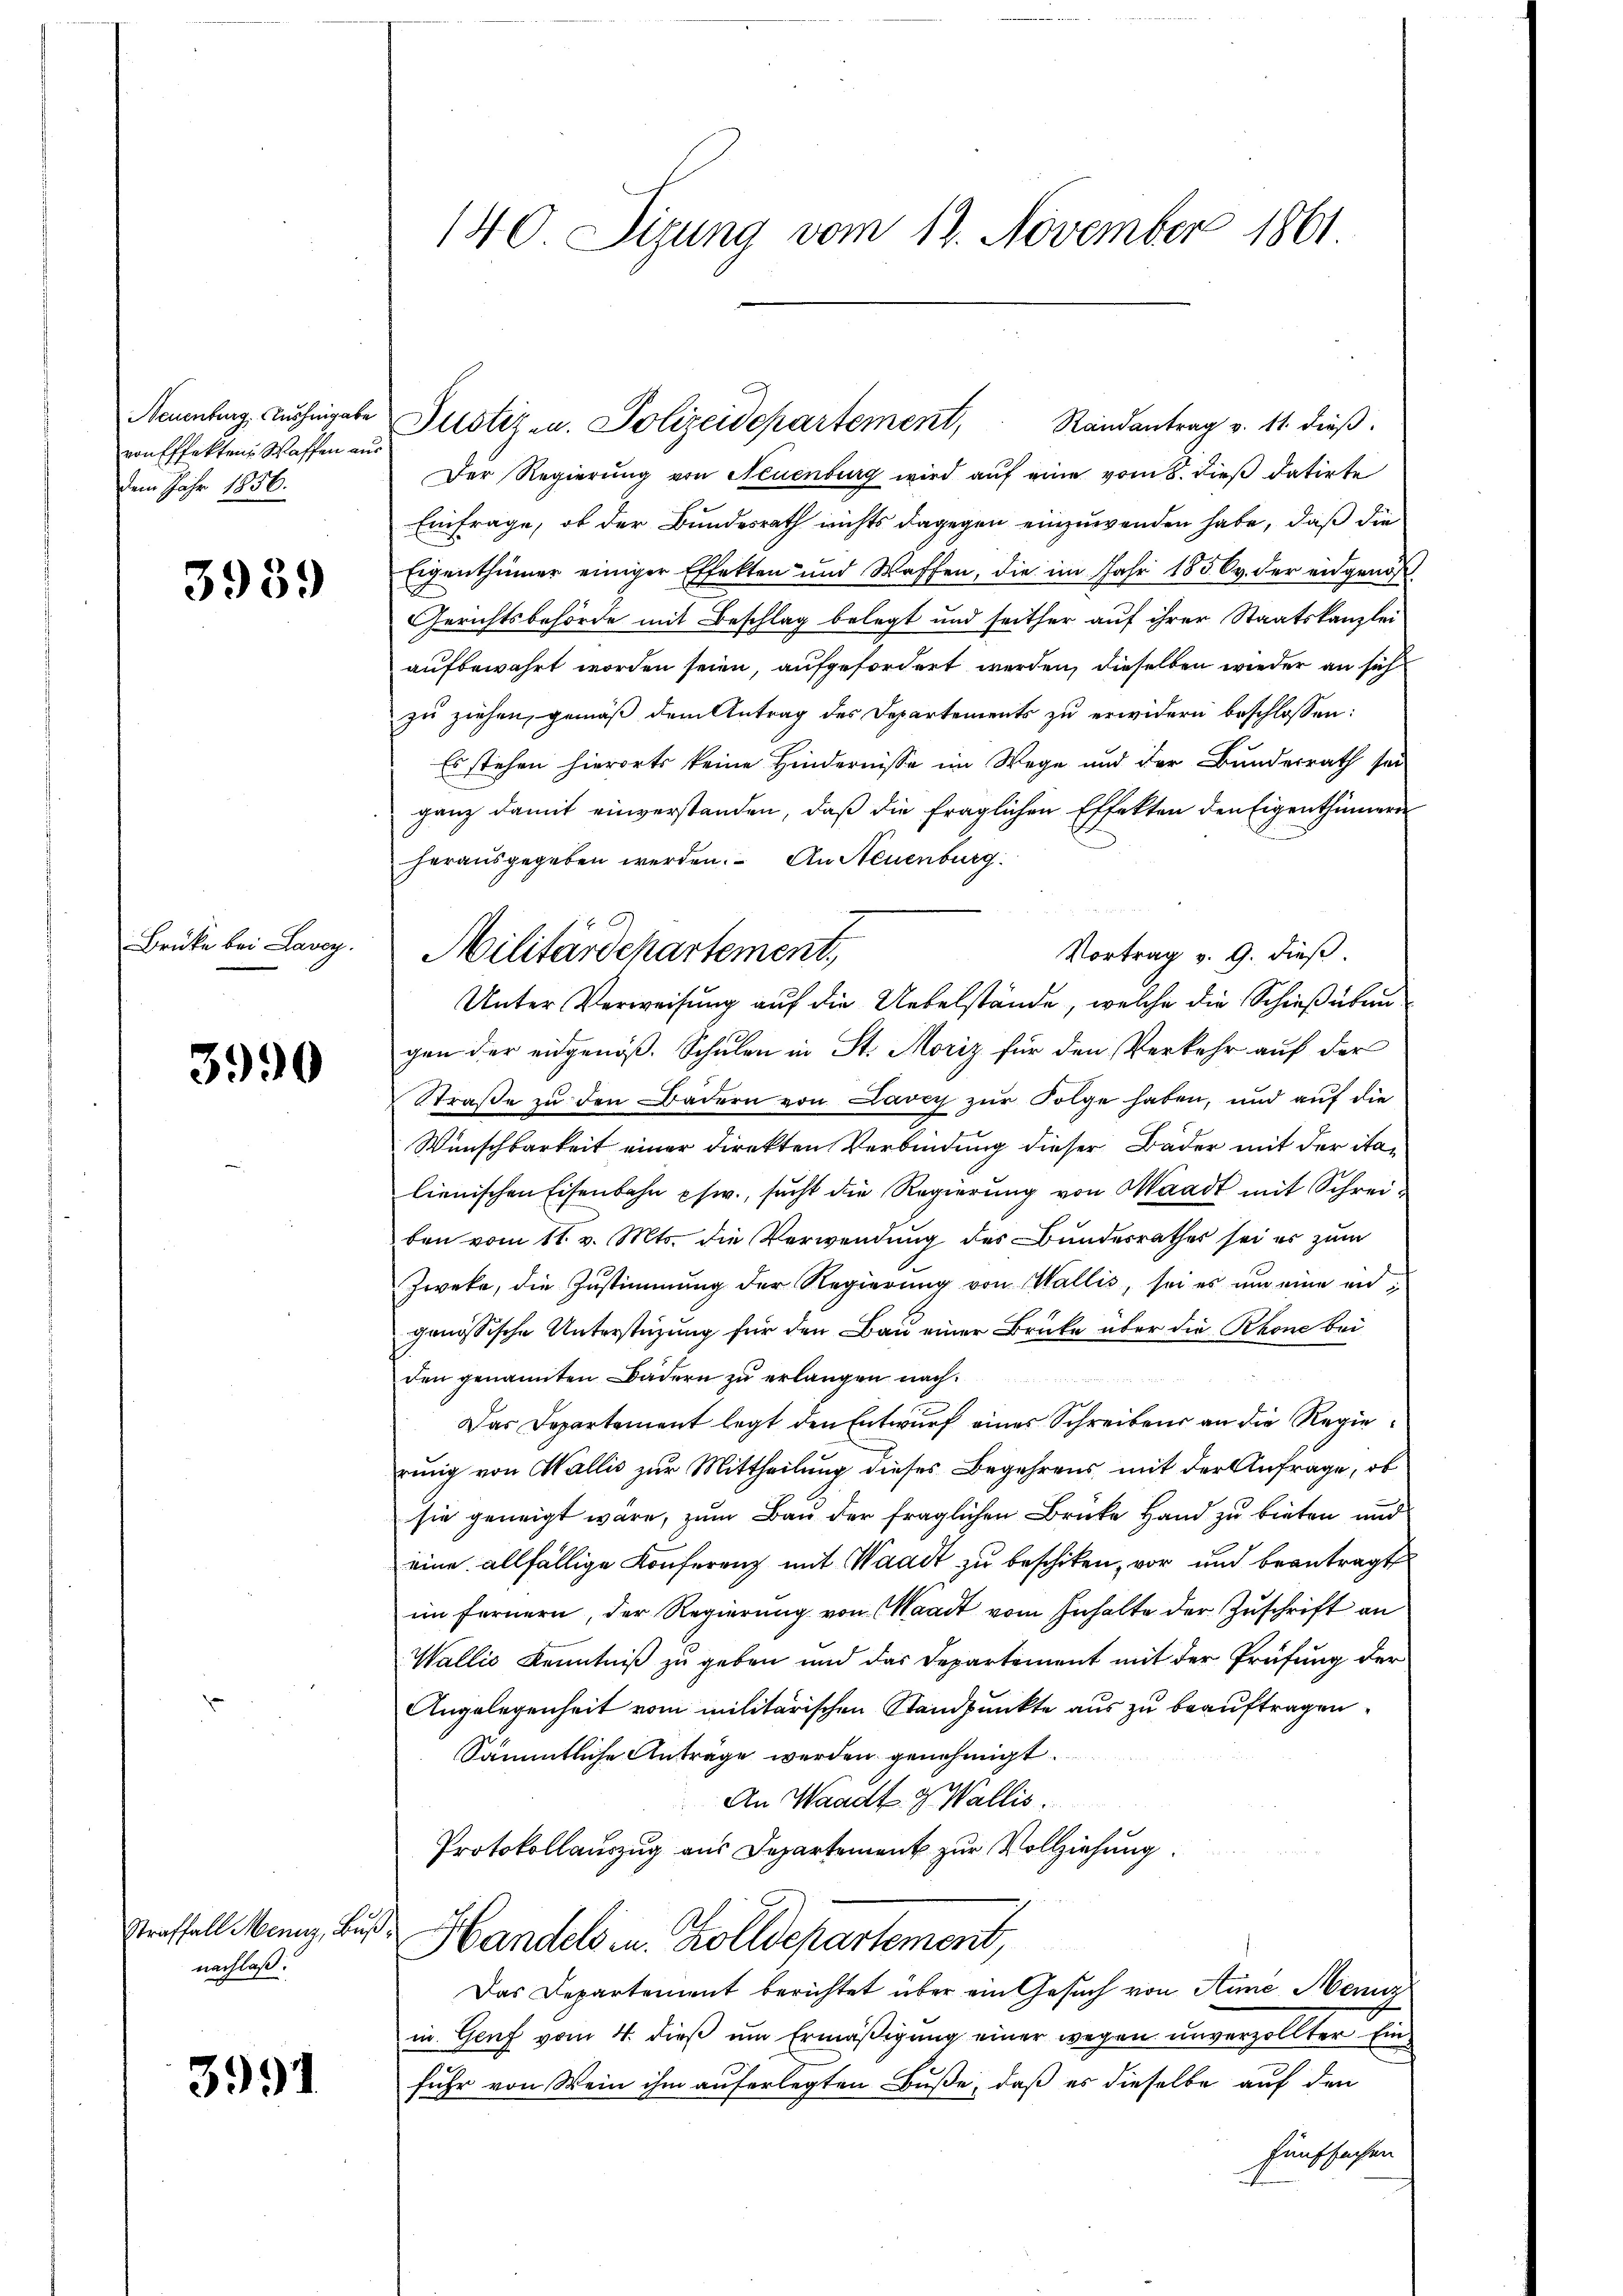
Neuenburg, Möhnigabe
von Effekten Waffen aus
dem Jahr 1856.

3939

Brüke bei Lavoy

3990

Straffall Menz, Bus
nachlaß.

3991

140 Sizung vom 12. November 1861

Randantrag v. 11. dieß.
Der Regierung von Neuenburg wird aŭf eine vom 8. dieß datirte
Einfrage, ob der Bundesrath nichts dagegen einzuwenden habe, daß die
Eigenthümer einiger Effekten und Waffen, die im Jahr 1856 v. der eidgenöß
Gerichtsbehörde mit Beschlag belegt und seither auf ihrer Staatskanzlei
aufbewahrt worden seien, aufgefordert werden, dieselben wieder an sich
zu ziehen, gemäß dem Antrag des Departements zu erwidern beschlossen:
Es stehen hierorts keine Hindernisse im Wege und der Bundesrath sei
ganz damit einverstanden, daß die fraglichen Effekten den Eigenthümern
herausgegeben werden. An Neuenburg.
Vortrag v. 9. dieß.
Unter Verweisung auf die Uebelstände, welche die Schießübun
gen der eidgenöß. Schulen in St. Moriz für den Verkehr auf der
Straße zu den Bädern von Lavey zur Folge haben, und auf die
Wünschbarkeit einer direkten Verbindung dieser Bader mit der ita-
lienischen Eisenbahn phw., sucht die Regierung von Waadt mit Schreiben vom 11. v. Mts. die Verwendung des Bundesrathes sei er zum
Zweke, die Zustimmung der Regierung von Wallis, sei es um eine en
genössische Unterstüzung für den Bau einer Brücke über die Rhone bei
den genannten Bädern zu erlangen nach
Das Departement legt den Entwurf eines Schreibens an die Regierung von Wallis zur Mittheilung dieses Begehrens mit der Anfrage, ob
sie geneigt wäre, zum Bau der fraglichen Brücke Hand zu bieten und
eine allfällige Konferenz mit Waadt zu beschiken, vor und beantragt
im fernern, der Regierung von Waadt vom Inhalte der Zuschrift an
Wallis Kenntniß zu geben und das Departement mit der Prüfung der
Angelegenheit vom militarischen Standpunkte aus zu beauftragen.
Sämmtliche Anträge werden genehmigt.
An Waadt & Wallis.
Protokollauszug aus Departement zur Vollziehung
Handels in Zolldepartement
Das Departement berichtet über ein Gesuch von Anne, Menz
in Genf vom 4. dieß um Ermäßigung einer wegen unverzollter Einfuhr von Wein ihm auferlegten Buße, daß es dieselbe auf den
Fünffachen

Militärdepartement,

Justiz- u. Polizeidepartement,